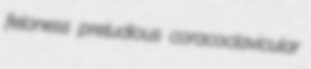
feloness preludious coracoclavicular